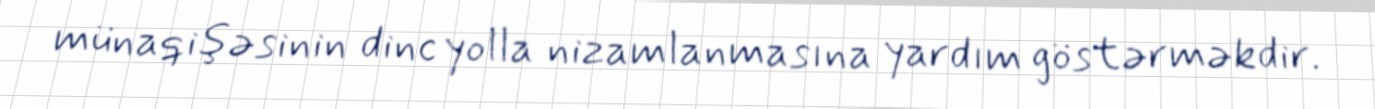
münaqişəsinin dinc yolla nizamlanmasına yardım göstərməkdir.